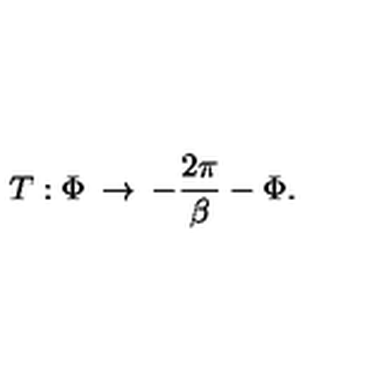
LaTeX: T : \Phi \: \rightarrow \: - \frac { 2 \pi } { \beta } - \Phi .